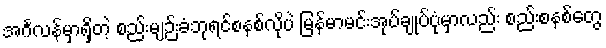
အင်္ဂလန်မှာရှိတဲ့ စည်းမျဉ်းခံဘုရင်စနစ်လိုပဲ မြန်မာမင်းအုပ်ချုပ်ပုံမှာလည်း စည်းစနစ်တွေ